Treatise on elephants
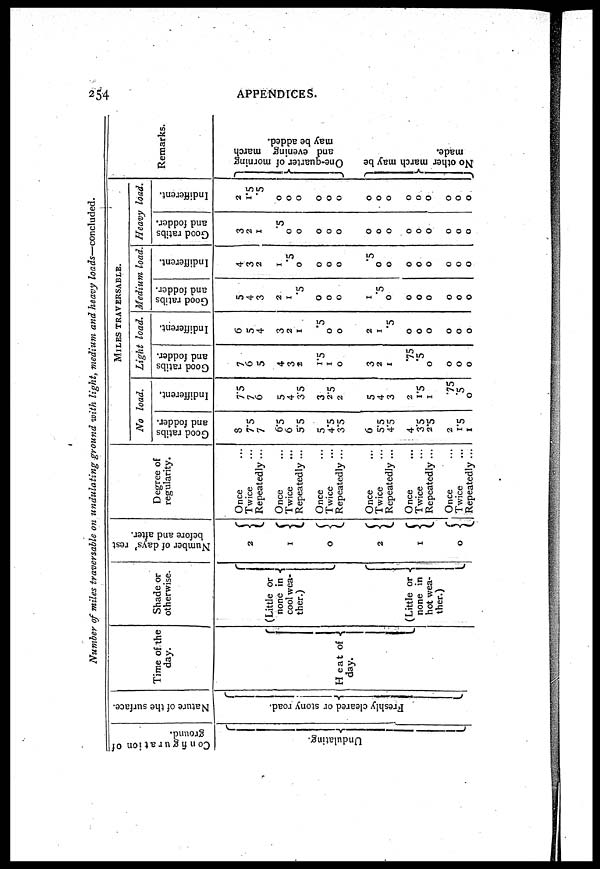
254
APPENDICES.
Number of miles traversable on undulating ground with light, medium and heavy loads—concluded.
Configuration of
ground.
Undulating.
Nature of the surface.
Freshly cleared or stony road.
Time of the
day.
Heat of
day.
Shade or
otherwise.
(Little or
none in
cool wea-
ther.)
(Little or
none in
hot wea-
ther.)
Number of days rest
before and after.
2
1
0
2
1
0
Degree of
regularity.
Once ...
Twice ...
Repeatedly ...
Once ...
Twice ...
Repeatedly ...
Once ...
Twice ...
Repeatedly ...
Once ...
Twice ...
Repeatedly ...
Once ...
Twice ...
Repeatedly ...
Once ...
Twice ...
Repeatedly ...
MILES
TRAVERSABLE.
No load.
Good ratibs
and fodder.
8
7.5
7
6.5
6
5.5
5
4.5
3.5
6
5.5
4.5
4
3.5
2.5
2
1.5
1
Indifferent.
7.5
7
6
5
4
3.5
3
2.5
2
5
4
3
2
1.5
1
.75
.5
0
Light
load.
Good ratibs
and fodder.
7
6
5
4
3
2
1.5
1
0
3
2
1
.75
.5
0
0
0
0
Indifferent.
6
5
4
3
2
1
.5
0
0
2
1
.5
0
0
0
0
0
0
Medium load.
Good ratibs
and fodder.
5
4
3
2
1
.5
0
0
0
1
.5
0
0
0
0
0
0
0
Indifferent.
4
3
2
1
.5
0
0
0
0
.5
0
0
0
0
0
0
0
0
Heavy load.
Good ratibs
and fodder.
3
2
1
.5
0
0
0
0
0
0
0
0
0
0
0
0
0
0
Indifferent.
2
1.5
.5
0
0
0
0
0
0
0
0
0
0
0
0
0
0
0
Remarks.
One-quarter of morning
and evening march
may be added.
No o t h e r m a r c h may be
made.